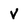
Character: V